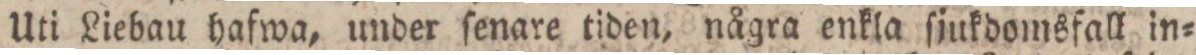
Uti Liebau hafwa, under ſenare tiden, några enkla ſjukdomsfall in=